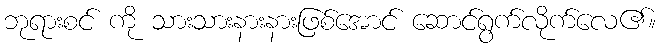
ဘုရားစင် ကို သားသားနားနားဖြစ်အောင် ဆောင်ရွက်လိုက်လေ၏။